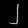
Digit: ၂